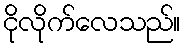
ငိုလိုက်လေသည်။